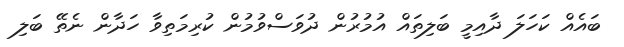
ބައެއް ކަހަލަ ދާއިމީ ބަލިތައް އުމުރުން ދުވަސްވުމުން ކުރިމަތިވާ ހަދާން ނެތޭ ބަލި